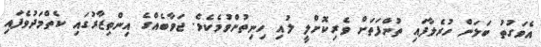
އެވަގުތު ބަލަން ހުރެލާފައި ތުންފަތަށް ވެރިކޮށްލީ ލުއި ހިނިތުންވުމެކެވެ. ޖަވާބެއްގެ އިންތިޒާރުގައި ކެތްމަދުވެފައި